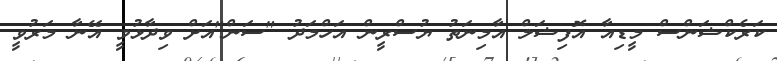
ކަރެކްޝަންސް މީޑިއާ އޮފިޝަލް އާމިނަތު ޔުސްރީން އަހްމަދު "ސަން"އަށް ވިދާޅުވީ އޭނާ މަރުވީ